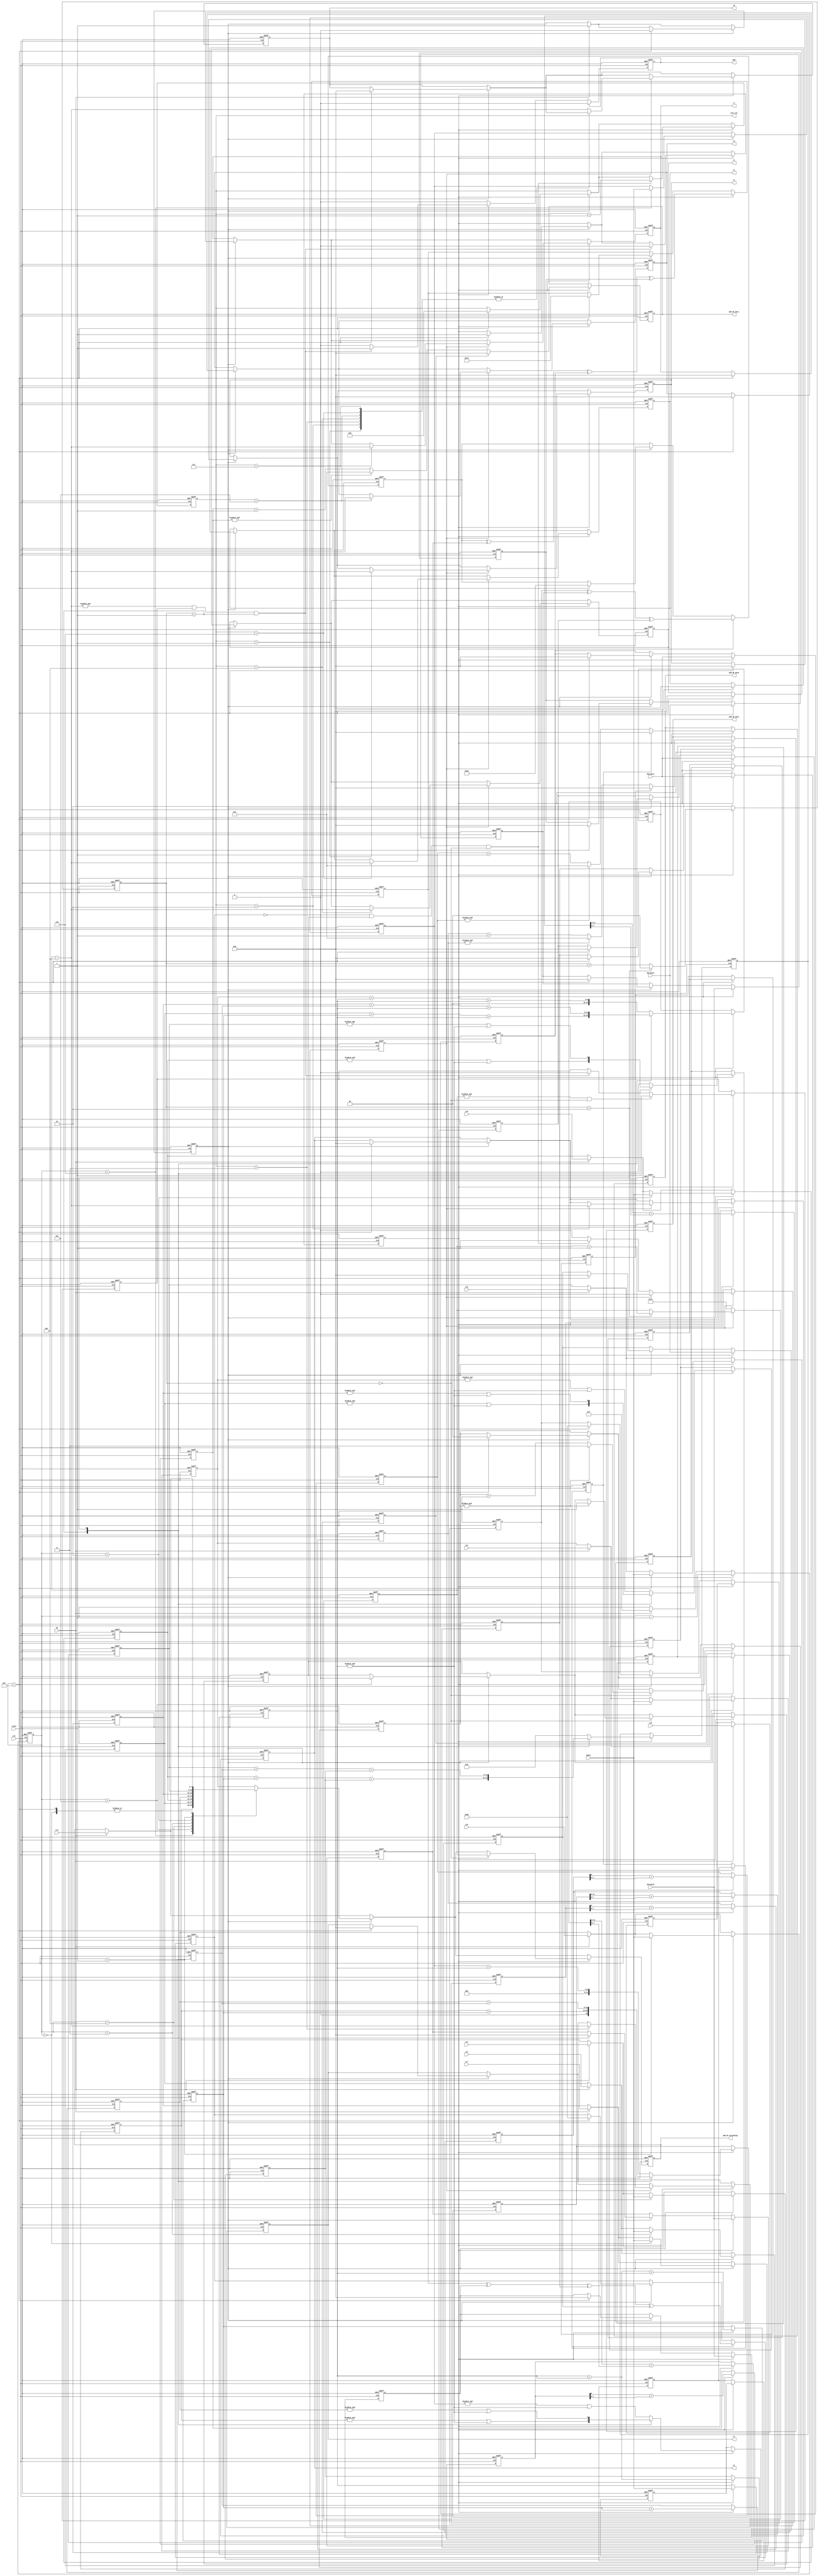
/* This program is free software: you can redistribute it and/or modify
   it under the terms of the GNU General Public License as published by
   the Free Software Foundation, either version 3 of the License, or
   (at your option) any later version.

   This program is distributed in the hope that it will be useful,
   but WITHOUT ANY WARRANTY; without even the implied warranty of
   MERCHANTABILITY or FITNESS FOR A PARTICULAR PURPOSE.  See the
   GNU General Public License for more details.

   You should have received a copy of the GNU General Public License
   along with this program.  If not, see <http://www.gnu.org/licenses/>.
   
   Email : semiconductors@varkongroup.com
   Tel   : 1-732-447-8611
   
*/


/// this block is used to calculate lamda polynomial roots
module lamda_roots
(
// active high flag for one clock edge to indicate that lamda polynomial coeff is ready
input CE,  
input clk, // input clock planned to be 56 Mhz
input reset, // active high asynchronous reset
input [7:0] Lc0,Lc1,Lc2,Lc3,Lc4,Lc5,Lc6,Lc7,Lc8, /// input coeff of lamda polynomial

output reg [7:0] add_GF_ascending,   // output address to GF_ascending_rom
output reg[7:0] add_GF_dec0,add_GF_dec1,add_GF_dec2, // output address to GF_dec_rom

input [7:0] power,  // input power value from GF_ascending_rom
input [7:0] decimal0,decimal1,decimal2, // input decimal value of GF_dec_rom

 // output active high flag to indicate that all roots is ready (for one clock)
output reg CEO,
output reg [3:0] root_cnt, ///  up to 8
// output roots of lamda polynomial up to 8 roots
output reg [7:0] r1,r2,r3,r4,r5,r6,r7,r8 
);


reg one,two; //states
/// decimal value & power value of possible values of roots 0---255
reg [7:0] V,Vp;  
reg [3:0] cnt9;
reg [1:0] cnt3;

reg [11:0] add0,add1,add2;
reg [8:0] Vx2;
reg [9:0] Vx3;
reg [10:0] Vx6;
reg [7:0] X0,X1,X2,X3;   /// xor values
reg [7:0] GF1,GF2,GF3,GF4; /// decimal GF values
reg [7:0] GF5,GF6,GF7,GF8; /// decimal GF values
reg [8:0] add_GF_dec0_reg,add_GF_dec1_reg,add_GF_dec2_reg;
reg [7:0] add_GF_dec0_reg0,add_GF_dec1_reg0,add_GF_dec2_reg0;
reg F0,F1,F2;   /// IS 255
reg FF0,FF1,FF2; /// IS 255 delayed one clock
reg FFF0,FFF1,FFF2; /// IS 255  delayed two clocks
reg [7:0] L0,L1,L2,L3,L4,L5,L6,L7,L8; /// Lamda coeff
reg yes,E;
reg chk_flag; 
reg [1:0] chk_cnt;
//////////////////////////////////////////////////////////////////
//////////////////////////////////////////////////////////////////
/////////////////// values generator (0--255  every three clocks)
always@(posedge clk or posedge reset)
begin
	if (reset)
		begin
			cnt3<=2;
			V<=8'd255;
		end
	else
		begin
			if(two)
				begin
					if (cnt3 ==2)
						begin
							cnt3<=0;
							V<=V+1;
						end
					else	
						cnt3<=cnt3+1;
				end
			else
				begin
					cnt3<=2;
					V<=8'd255;
				end
		end
end



/////////////////////////////////////////////////////////////////
/////////////////////////////////////////////////////////////////
/////////////////// main process
always@(posedge clk or posedge reset)
begin
	if (reset)
		begin
			one<=0;
			two<=0;
			cnt9<=0;
			L0<=0;L1<=0;L2<=0;L3<=0;L4<=0;
			L5<=0;L6<=0;L7<=0;L8<=0;
			add_GF_dec0_reg<=0;add_GF_dec1_reg<=0;add_GF_dec2_reg<=0;
			add_GF_dec0_reg0<=0;add_GF_dec1_reg0<=0;add_GF_dec2_reg0<=0;
			F0<=0;F1<=0;F2<=0;
			FF0<=0;FF1<=0;FF2<=0;
			FFF0<=0;FFF1<=0;FFF2<=0;
			add0<=0;add1<=0;add2<=0;
			Vx2<=0;Vx3<=0;Vx6<=0;Vp<=0;
			X0<=0;X1<=0;X2<=0;X3<=0;
			GF1<=0;GF2<=0;GF3<=0;GF4<=0;
			GF5<=0;GF6<=0;GF7<=0;GF8<=0;
			yes<=0;
			E<=0;
			chk_flag<=0; chk_cnt<=0;
			////////////////outputs///////////////////////
			root_cnt<=0;
			CEO<=0;
			r1<=0;r2<=0;r3<=0;r4<=0;
			r5<=0;r6<=0;r7<=0;r8<=0;
			add_GF_dec0<=0;add_GF_dec1<=0;add_GF_dec2<=0;
			add_GF_ascending<=0;
		end
	else
		begin
			if(CE)
				begin
					one<=1;
					L0<=Lc0; // no need to convert it to power form
					add_GF_ascending<=Lc1;
					L2<=Lc2;L3<=Lc3;L4<=Lc4;
					L5<=Lc5;L6<=Lc6;L7<=Lc7;L8<=Lc8;
					cnt9<=7;
				end
			////// state one////////////////////////////////////////////////	
			if(one)
				begin
					cnt9<=cnt9-1;
					/////////////////////////////////
					case(cnt9)
					7: begin add_GF_ascending<=L2; end
					6: begin add_GF_ascending<=L3; L1<=power; end
					5: begin add_GF_ascending<=L4; L2<=power; end
					4: begin add_GF_ascending<=L5; L3<=power; end
					3: begin add_GF_ascending<=L6; L4<=power; end
					2: begin add_GF_ascending<=L7; L5<=power; end
					1: begin add_GF_ascending<=L8; L6<=power; end
					0: begin  L7<=power;  end
					15:begin 
							L8<=power;  one<=0; two<=1; root_cnt<=0;
							/// to avoid false roots from xor operations
							X0<=8'h55;X1<=8'hAA;X2<=8'hF1;X3<=8'h55;
							GF1<=0;GF2<=0;GF3<=0;GF4<=0;
							GF5<=0;GF6<=0;GF7<=0;GF8<=0;
							r1<=0;r2<=0;r3<=0;r4<=0;
							r5<=0;r6<=0;r7<=0;r8<=0;
							chk_flag<=0; chk_cnt<=0;
						end
					default: begin   add_GF_ascending<=L2;       end   /// just for default case
					endcase
					//////////////////////////////////
				end	
			////// state two////////////////////////////////////
			if(two)
				begin
					///////////////Delay level one ////////////////////
					if(cnt3 == 0)
						begin
							add_GF_ascending<=V;
						end
					//////////////////////////////////////////////////////
					///////////////////////////Delay level  two//////////
					Vp <=power;
					////////////////////////////////////////////////////////
					///////////////////////////Delay level  three//////////
					 case (cnt3)  
					 0:
						 begin
							 add0<=L1+Vp;
							 add1<=L2+Vp+Vp;
							 add2<=0;
							 F0<= (&L1 || &Vp);
							 F1<=(&L2 || &Vp);
							 F2<=0;
						 end
					1:
						 begin
							 add0<=L3+Vx3;
							 add1<=L4+Vx3+Vp;
							 add2<=L5+Vx3+Vx2;
							 F0<= (&L3 || &Vp);
							 F1<=(&L4 || &Vp);
							 F2<=(&L5 || &Vp);
						 end
					2:
						 begin
							 add0<=L6+Vx6;
							 add1<=L7+Vx6+Vp;
							 add2<=L8+Vx6+Vx2;
							 F0<= (&L6 || &Vp);
							 F1<=(&L7|| &Vp);
							 F2<=(&L8 || &Vp);
						 end
					default:
						 begin /// using first case values for default
							 add0<=L1+Vp;
							 add1<=L2+Vp+Vp;
							 add2<=0;
							 F0<= (&L1 || &Vp);
							 F1<=(&L2 || &Vp);
							 F2<=0;
						 end	 
					 endcase
					 //// Vp constant for 3 clocks so these operations can  
					 /////be done without using operation switcher cnt3
					 Vx2<=Vp+Vp;
					 Vx3<=Vp+Vp+Vp;
					 Vx6<=Vx3+Vx3;
					 
					 ////////////////////////////////////////////////////
					///////////////////////////Delay level  four/////////
					 /// 8 + 4 ===> need 9 bits
					add_GF_dec0_reg<=add0[11:8] + add0[7:0];   
					add_GF_dec1_reg<=add1[11:8] + add1[7:0];
					add_GF_dec2_reg<=add2[11:8] + add2[7:0];
					 
					 FF0<=F0; FF1<=F1; FF2<=F2;
					 ///////////////////////////////////////////////////
					///////////////////////////Delay level  five///////
					 ///   9 bits  =====> 8 bits
					add_GF_dec0_reg0<=add_GF_dec0_reg[8] + add_GF_dec0_reg[7:0];  
					add_GF_dec1_reg0<=add_GF_dec1_reg[8] + add_GF_dec1_reg[7:0];
					add_GF_dec2_reg0<=add_GF_dec2_reg[8] + add_GF_dec2_reg[7:0];
					 
					 FFF0<=FF0; FFF1<=FF1; FFF2<=FF2;
					//////////////////////////////////////////////////////////
					///////////////////////////Delay level  six/////////////
					 add_GF_dec0 <= (FFF0)?  8'h00 : (&add_GF_dec0_reg0)? 8'h01:add_GF_dec0_reg0+1;
					 add_GF_dec1 <= (FFF1)?  8'h00 : (&add_GF_dec1_reg0)? 8'h01:add_GF_dec1_reg0+1;
					 add_GF_dec2 <= (FFF2)?  8'h00 : (&add_GF_dec2_reg0)? 8'h01:add_GF_dec2_reg0+1;
					 ////////////////////////////////////////////////////////
					///////////////////////////Delay level  seven///////////
					X0<=L0;
					GF1<=decimal0;
					GF2<=decimal1;
					///////////////////////////////////////////////////////
					///////////////////////////Delay level  eight/////////
					X1<=X0 ^ GF1^GF2;
					GF3<=decimal0;
					GF4<=decimal1;
					GF5<=decimal2;
					//////////////////////////////////////////////////////
					///////////////////////////Delay level  nine/////////
					X2<=X1 ^ GF3^GF4^GF5;
					GF6<=decimal0;
					GF7<=decimal1;
					GF8<=decimal2;
					/////////////////////////////////////////////////////
					///////////////////////////Delay level  ten/////////
					X3<=X2 ^ GF6^GF7^GF8;
					////////////////////////////////////////////////////
					///////////////////////////Delay level  eleven//////
					if (X3==0  && chk_flag && cnt3==0)
						begin
							root_cnt<=root_cnt+1;
							yes<=1;
						end
					/////////////////////////////////////////////////////
					///////////////////////////Delay level  twelve//////
					if(yes)
						begin
							yes<=0;
							case(root_cnt)
							1: begin r1<=V-8'd4; end
							2: begin r2<=V-8'd4; end
							3: begin r3<=V-8'd4; end
							4: begin r4<=V-8'd4; end
							5: begin r5<=V-8'd4; end
							6: begin r6<=V-8'd4; end
							7: begin r7<=V-8'd4; end
							default: begin r8<=V-8'd4; end
							endcase
						end
					//////////////////////////////////////////////////
					///////////////////////////Delay level  thirteen//
					if(&(V-8'd4)  &&  E  && cnt3 == 1)   
					// when value == 255+delay , we now scanned all possible values of roots 
						begin
							two<=0;
							CEO<=1;
							E<=0;
						end
						
					if(&V && cnt3==0)  
					// when value == 255 and cnt3 ==0 so 255 value entered state two
						E<=1;
					////////////////////////////////////////////////////
					/////////////////////chk_flag generation part//////
					/////to control the check of X3 (xor out value) only with right places .
					if(cnt3 == 0)
						begin
							if(&chk_cnt)
								begin
									chk_cnt<= 2'd3;
									chk_flag<=1;
								end
							else
								chk_cnt<=chk_cnt+1;
						end
				end
			///////////////////////////////////////////////
			if (CEO)
				CEO<=0; /// to make it active for one clock
		end
end		



endmodule